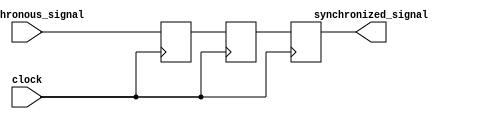
module synchronizer (
    input wire asynchronous_signal,
    input wire clock,
    output reg synchronized_signal
);

reg async_signal_ff;
reg synchronized_signal_ff;

always @(posedge clock) begin
    async_signal_ff <= asynchronous_signal;
end

always @(posedge clock) begin
    synchronized_signal_ff <= async_signal_ff;
    synchronized_signal <= synchronized_signal_ff;
end

endmodule